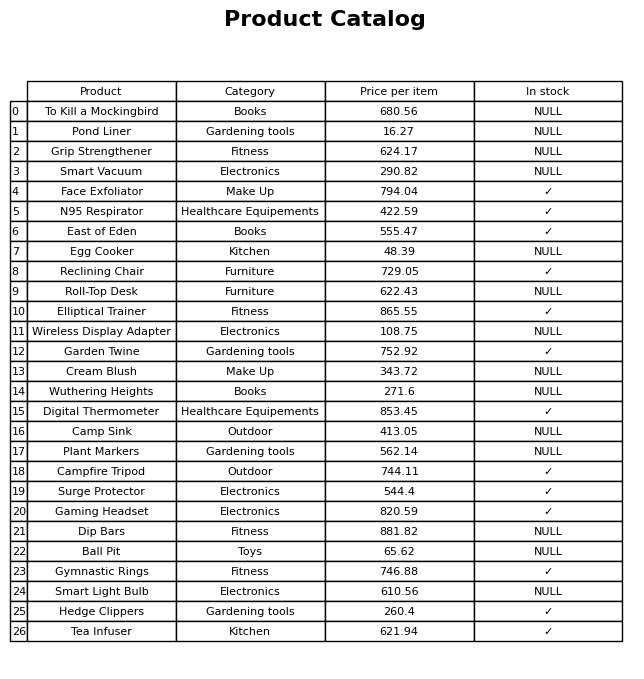
question: Which products are currently out of stock?
answer: To Kill a Mockingbird, Pond Liner, Grip Strengthener, Smart Vacuum, Egg Cooker, Roll-Top Desk, Wireless Display Adapter, Cream Blush, Wuthering Heights, Camp Sink, Plant Markers, Dip Bars, Ball Pit, Smart Light Bulb